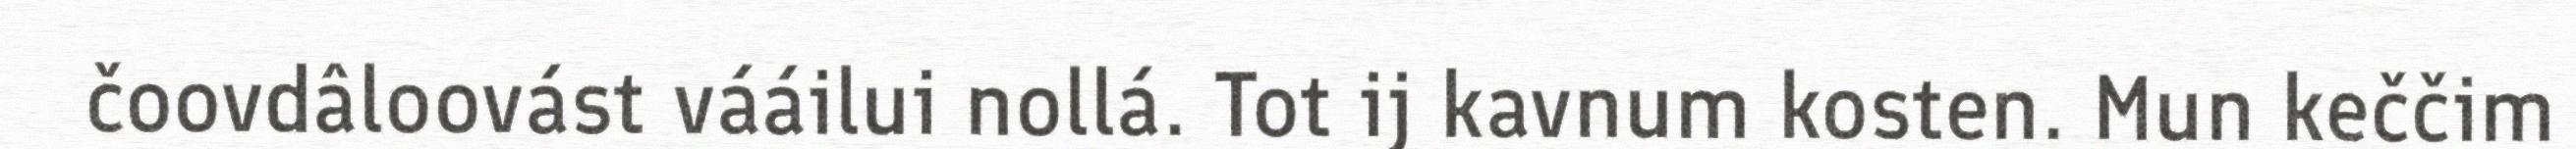
čoovdâloovást vááilui nollá. Tot ij kavnum kosten. Mun keččim